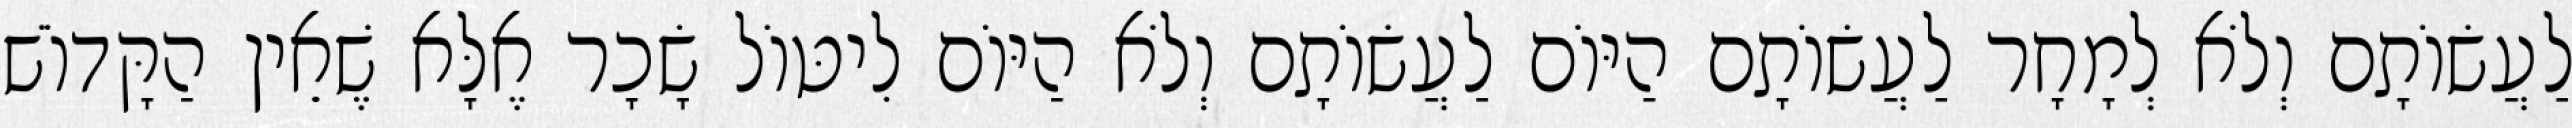
לַעֲשׂוֹתָם וְלֹא לְמָחָר לַעֲשׂוֹתָם הַיּוֹם לַעֲשׂוֹתָם וְלֹא הַיּוֹם לִיטּוֹל שָׂכָר אֶלָּא שֶׁאֵין הַקָּדוֹשׁ